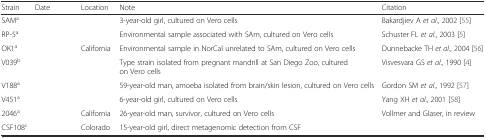
<table><thead><tr><td><b>Strain</b></td><td><b>Date</b></td><td><b>Location</b></td><td><b>Note</b></td><td><b>Citation</b></td></tr></thead><tbody><tr><td>SAM<sup>a</sup></td><td>[EMPTY_CELL]</td><td>[EMPTY_CELL]</td><td>3-year-old girl, cultured on Vero cells</td><td>Bakardjiev A <i>et al</i>., 2002 [55]</td></tr><tr><td>RP-5<sup>a</sup></td><td>[EMPTY_CELL]</td><td>[EMPTY_CELL]</td><td>Environmental sample associated with SAm, cultured on Vero cells</td><td>Schuster FL <i>et al</i>., 2003 [5]</td></tr><tr><td>OK1<sup>a</sup></td><td>[EMPTY_CELL]</td><td>California</td><td>Environmental sample in NorCal unrelated to SAm, cultured on Vero cells</td><td>Dunnebacke TH <i>et al</i>., 2004 [56]</td></tr><tr><td>V039<sup>b</sup></td><td>[EMPTY_CELL]</td><td>[EMPTY_CELL]</td><td>Type strain isolated from pregnant mandrill at San Diego Zoo, cultured on Vero cells</td><td>Visvesvara GS <i>et al</i>., 1990 [4]</td></tr><tr><td>V188<sup>a</sup></td><td>[EMPTY_CELL]</td><td>[EMPTY_CELL]</td><td>59-year-old man, amoeba isolated from brain/skin lesion, cultured on Vero cells</td><td>Gordon SM <i>et al</i>., 1992 [57]</td></tr><tr><td>V451<sup>a</sup></td><td>[EMPTY_CELL]</td><td>[EMPTY_CELL]</td><td>6-year-old girl, cultured on Vero cells</td><td>Yang XH <i>et al</i>., 2001 [58]</td></tr><tr><td>2046<sup>a</sup></td><td>[EMPTY_CELL]</td><td>California</td><td>26-year-old man, survivor, cultured on Vero cells</td><td>Vollmer and Glaser, in review</td></tr><tr><td>CSF108<sup>c</sup></td><td>[EMPTY_CELL]</td><td>Colorado</td><td>15-year-old girl, direct metagenomic detection from CSF</td><td>[EMPTY_CELL]</td></tr></tbody></table>